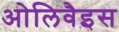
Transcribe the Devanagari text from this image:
ओलिवैइस